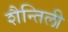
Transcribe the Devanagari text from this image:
शैन्तिली